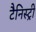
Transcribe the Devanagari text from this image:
टैनिस्ट्री